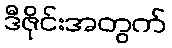
ဒီဇိုင်းအတွက်